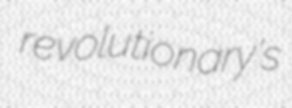
revolutionary's